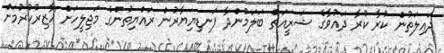
ދައިލަތުން ކުރާ ކުރާ ދައުވާގެ ޝަރީއަތް ބަލަމުންދާ ފަނޑިޔިޔާރުން ރައްޔިތުންގެ މަޖިލީހަށް ހާޒިރުކުރުމަށް